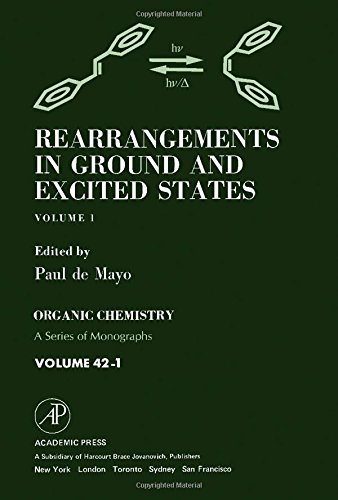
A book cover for Rearrangements in Ground and Excited States, Vol. 1 (Organic Chemistry, a Series of Monographs); Science & Math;